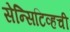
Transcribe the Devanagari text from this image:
सेन्सिटिव्हची